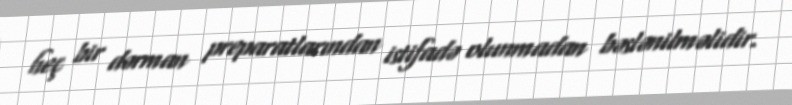
heç bir dərman preparatlarından istifadə olunmadan bəslənilməlidir.